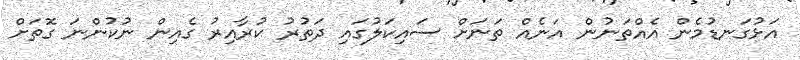
އަޅުގަނޑުމެން އެއްތަނުން އަނެއް ތަނަށް ސައިކަލުގައި ދަތުރު ކުރާއިރު ގެއިން ނުކުންނަ ގޮތަށް